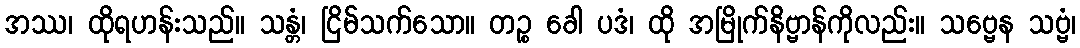
အဿ၊ ထိုရဟန်းသည်။ သန္တံ၊ ငြိမ်သက်သော။ တဉ္စ ခေါ ပဒံ၊ ထို အမြိုက်နိဗ္ဗာန်ကိုလည်း။ သဗ္ဗေန သဗ္ဗံ၊